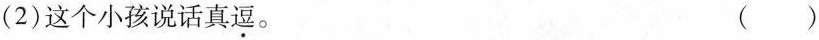
(2)这个小孩说话真\underset{·}{逗}。 ( )